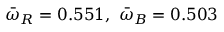
\bar { \omega } _ { R } = 0 . 5 5 1 , \ \bar { \omega } _ { B } = 0 . 5 0 3